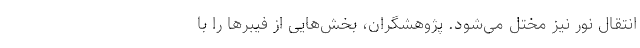
انتقال نور نیز مختل می‌شود. پژوهشگران، بخش‌هایی از فیبر‌ها را با